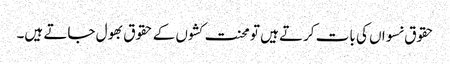
حقوق نسواں کی بات کرتے ہیں تو محنت کشوں کے حقوق بھول جاتے ہیں۔